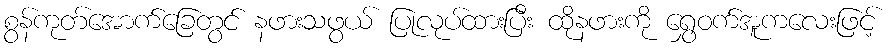
စွန်ကုတ်အောက်ခြေတွင် နဖားသဖွယ် ပြုလုပ်ထားပြီး ထိုနဖားကို ရွှေဝက်အူကလေးဖြင့်